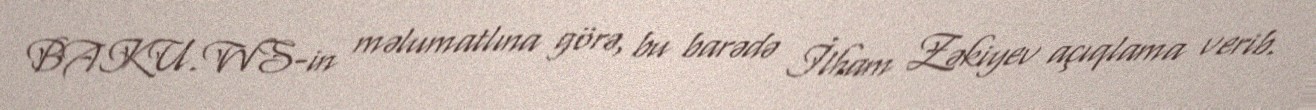
BAKU.WS-in məlumatlına görə, bu barədə İlham Zəkiyev açıqlama verib.